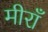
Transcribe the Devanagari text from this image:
मीराँ